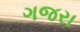
ગજરા